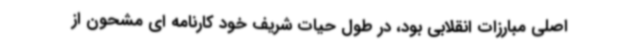
اصلی مبارزات انقلابی بود، در طول حیات شریف خود کارنامه ای مشحون از